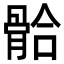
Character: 𩩂